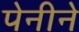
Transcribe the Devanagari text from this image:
पेनीने